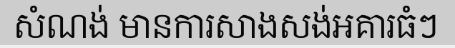
សំណង់ មានការសាងសង់អគារធំៗ